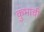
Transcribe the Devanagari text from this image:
कुंभाची